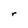
Character: r